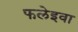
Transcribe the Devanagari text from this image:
फलेइवा